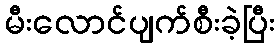
မီးလောင်ပျက်စီးခဲ့ပြီး